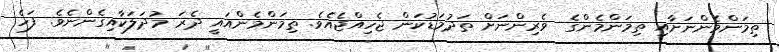
ތިމަންމެންނަށާއި ތިމަންމެންގެ  ވެރިންނަށް ތަދުމަޑުކަން ޖެހިއްޖެއެވެ. ތިމަންމެންއައީ ދެރަ މުދަލަކާއިގެންނެވެ. ފަހެ